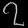
Digit: ၇